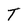
Character: T